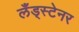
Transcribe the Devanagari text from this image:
लँड्स्टेनर